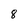
Character: 8